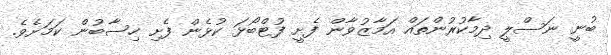
ބުނީ ނަސްލީ ދިމާކުރުންތައް އަމާޒުވާން ފެށީ ފުޓްބޯޅަ ކުޅެން ފެށި ހިސާބުން ކަމަށެވެ.